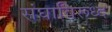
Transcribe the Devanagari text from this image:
संघाविरूध्द